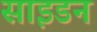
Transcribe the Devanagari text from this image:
साइडन